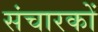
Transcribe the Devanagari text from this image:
संचारकों